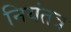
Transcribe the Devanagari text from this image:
नियंतत्र